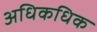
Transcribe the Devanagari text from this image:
अधिकधिक